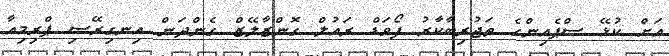
އަށް ކުޅޭ ސްޕެއިންގެ ތަޖުރިބާކާރު ފޯވަޑް ރައުލް ގޮންޒާލޭޒް ގެންދަން އިނގިރޭސި ޕްރިމިއާ